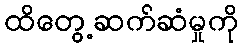
ထိတွေ့ဆက်ဆံမှုကို